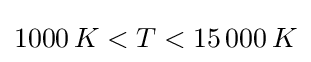
1000\,K<T<15\,000\,K